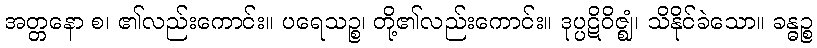
အတ္တနော စ၊ ၏လည်းကောင်း။ ပရေသဉ္စ၊ တို့၏လည်းကောင်း။ ဒုပ္ပဋိဝိဇ္ဈံ၊ သိနိုင်ခဲသော။ ခန္ဓဉ္စ